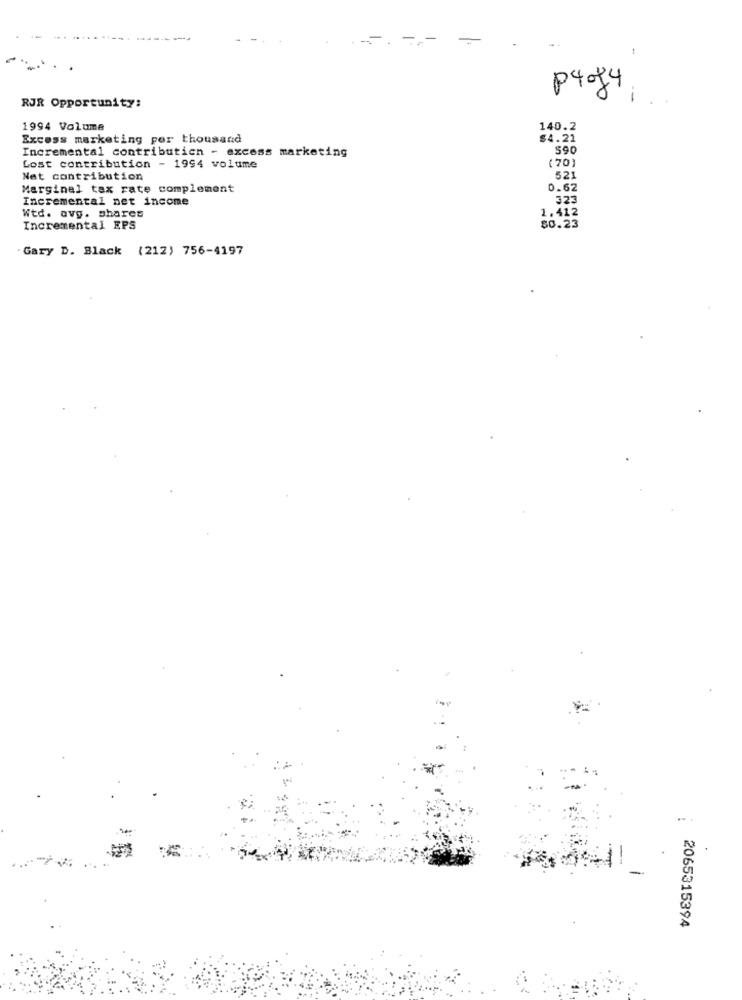
P4094
RJR Opportunity:
1994 Volume
140.2
Excess marketing por thousand
$4.21
590
Incremental contributicn - excess marketing
Lost contribution - 1994 volume
(70)
Net contribution
521
Marginal tax rate complement
0.62
Incremental net income
323
Wtd. avg. phares
1.412
Incremental EPS
80.25
Gary D. Black (212) 756-4197
2065315394